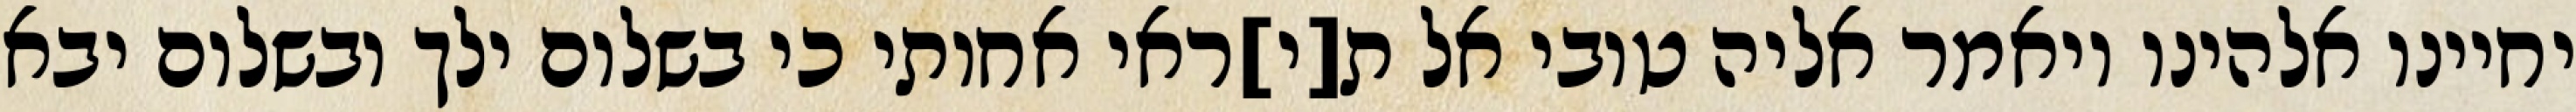
יחיינו אלהינו ויאמר אליה טובי אל ת[י]ראי אחותי כי בשלום ילך ובשלום יבא